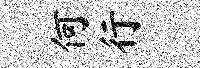
何行